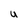
Character: u